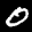
Label: 0